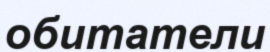
обитатели